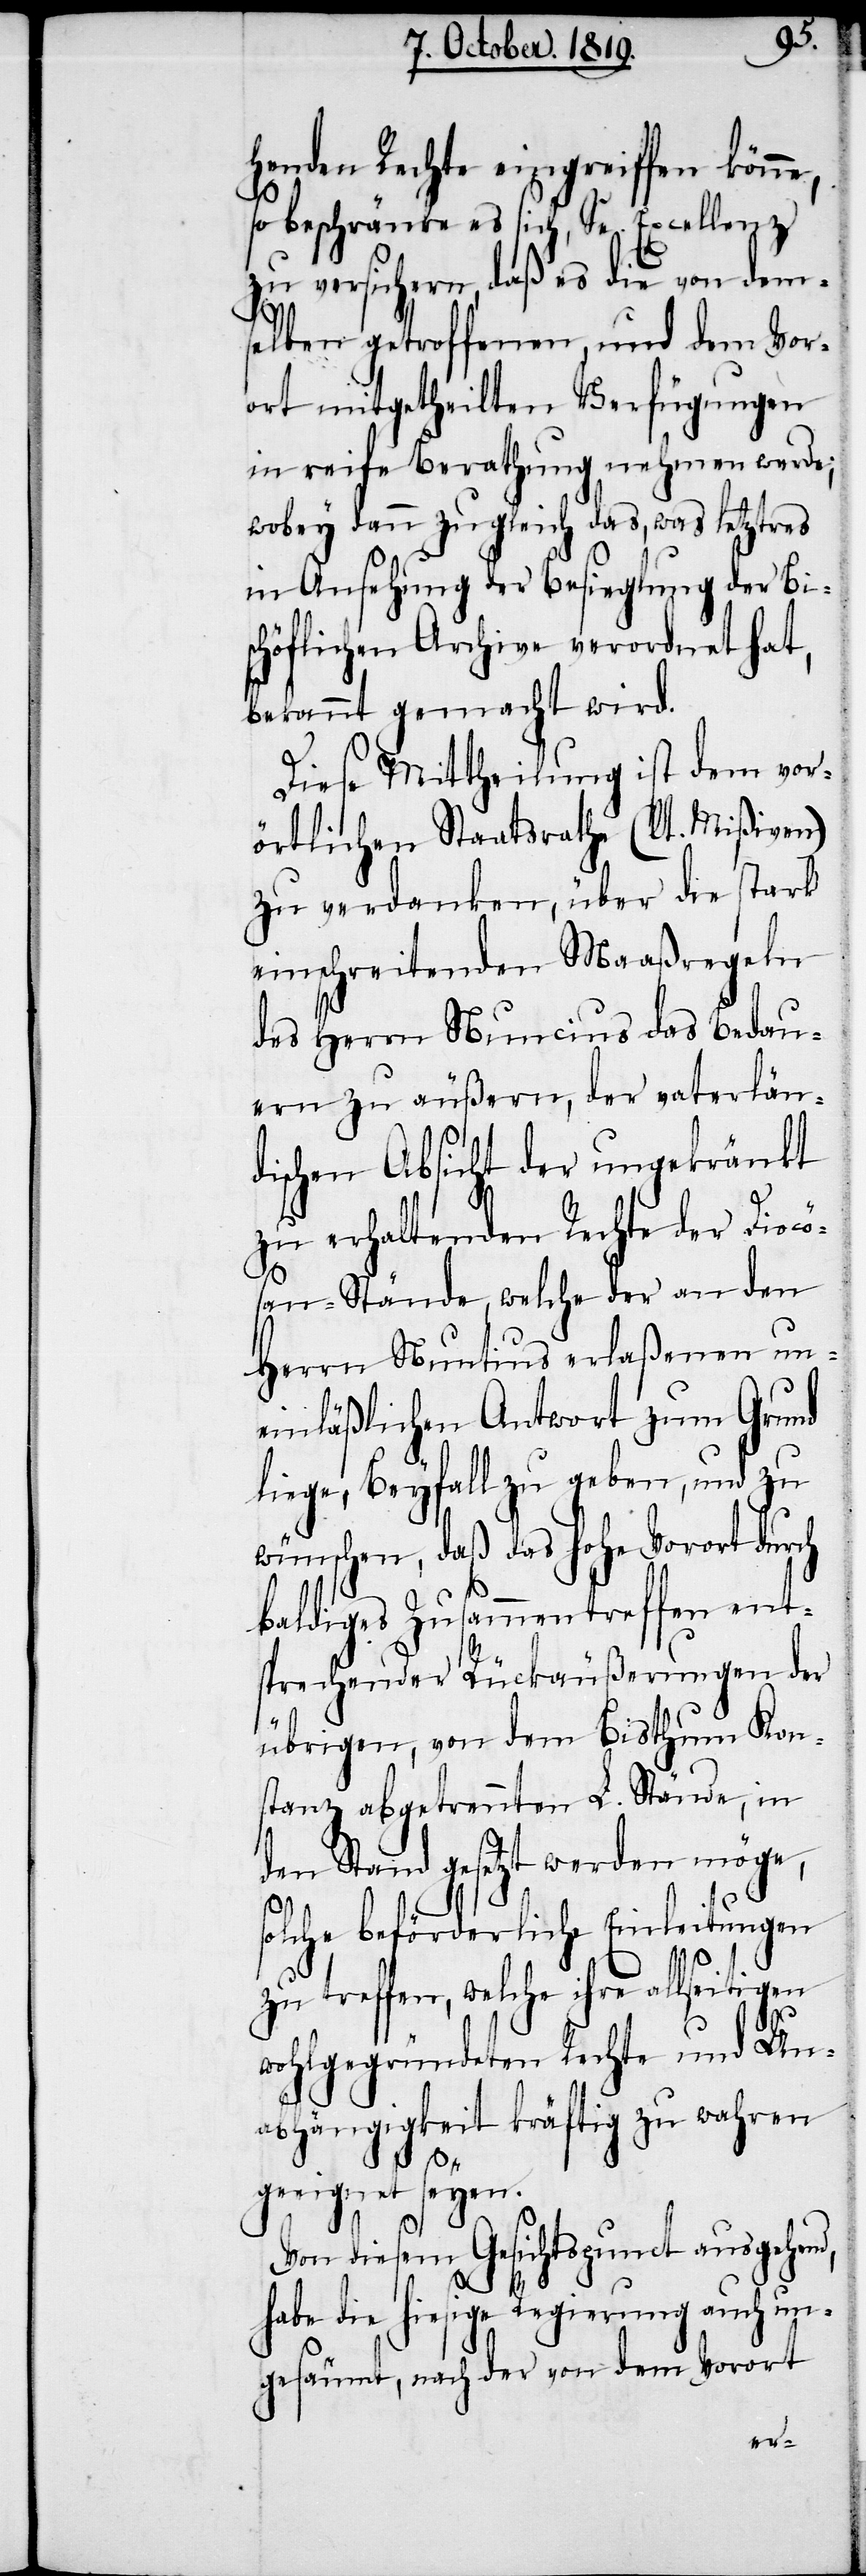
henden Rechte eingreiffen könne,
so beschränke es sich, Se. Excellenz
zu versichern, daß es die von dem¬
selben getroffenen, und dem Vor¬
ort mitgetheilten Verfügungen
in reife Berathung nehmen werde;
wobey dann zugleich das, was letztres
in Ansehung der Besieglung der Bis¬
chöflichen Archive verordnet hat,
bekannt gemacht wird.
Diese Mittheilung ist dem vor¬
örtlichen Staatsrathe (lt. Mißiven)
zu verdanken, über die stark
einschreitenden Maaßregeln
des Herrn Nuncius das Bedau¬
ern zu äußern, der vaterlän¬
dischen Absicht der ungekränkt
zu erhaltenden Rechte der Diocö¬
san-Stände, welche der an den
Herrn Nuntius erlaßenen un¬
einläßlichen Antwort zum Grund
liege, Beyfall zu geben, und zu
wünschen, daß das hohe Vorort durch
baldiges Zusammentreffen ent¬
sprechnender Rückäußerungen der
übrigen, von dem Bisthum Kon¬
stanz abgetrennten L. Stände, in
den Stand gesetzt werden möge,
d,
olche beförderliche Einleitungen
zu treffen, welche ihre allseitigen
wohlgegründeten Rechte und Un¬
abhängigkeit kräftig zu wahren
geeignet seyen.
Von diesem Gesichtspunct ausgehen¬
habe die hiesige Regierung auch un¬
gesäumt, nach der von dem Vorort